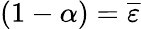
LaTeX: ({1-\alpha})={\overline{{\varepsilon}}}